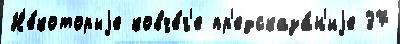
Н'е́которыjе ковче́г'е пр'едсказа́н'иjе 37